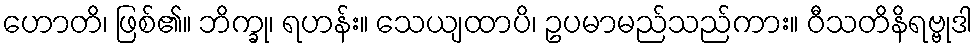
ဟောတိ၊ ဖြစ်၏။ ဘိက္ခု၊ ရဟန်း။ သေယျထာပိ၊ ဥပမာမည်သည်ကား။ ဝီသတိနိရဗ္ဗုဒါ